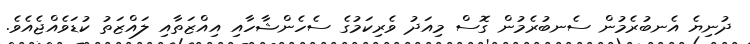
ދުނިޔެ އެނބުރެމުން ސެނބުރެމުން ގޮސް މިއަދު ވެރިކަމުގެ ސެހެންޝާހާއި އިއްޒަތާއި ލައްޒަތު ކުޑަވެއްޖެއެވެ.